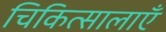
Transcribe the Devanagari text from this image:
चिकित्सालाएँ